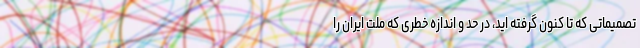
تصمیماتی که تا کنون گرفته اید، در حد و اندازه خطری که ملت ایران را